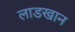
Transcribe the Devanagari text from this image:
लाडखान